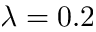
\lambda = 0 . 2